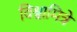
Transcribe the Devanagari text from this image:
विश्वामित्रे